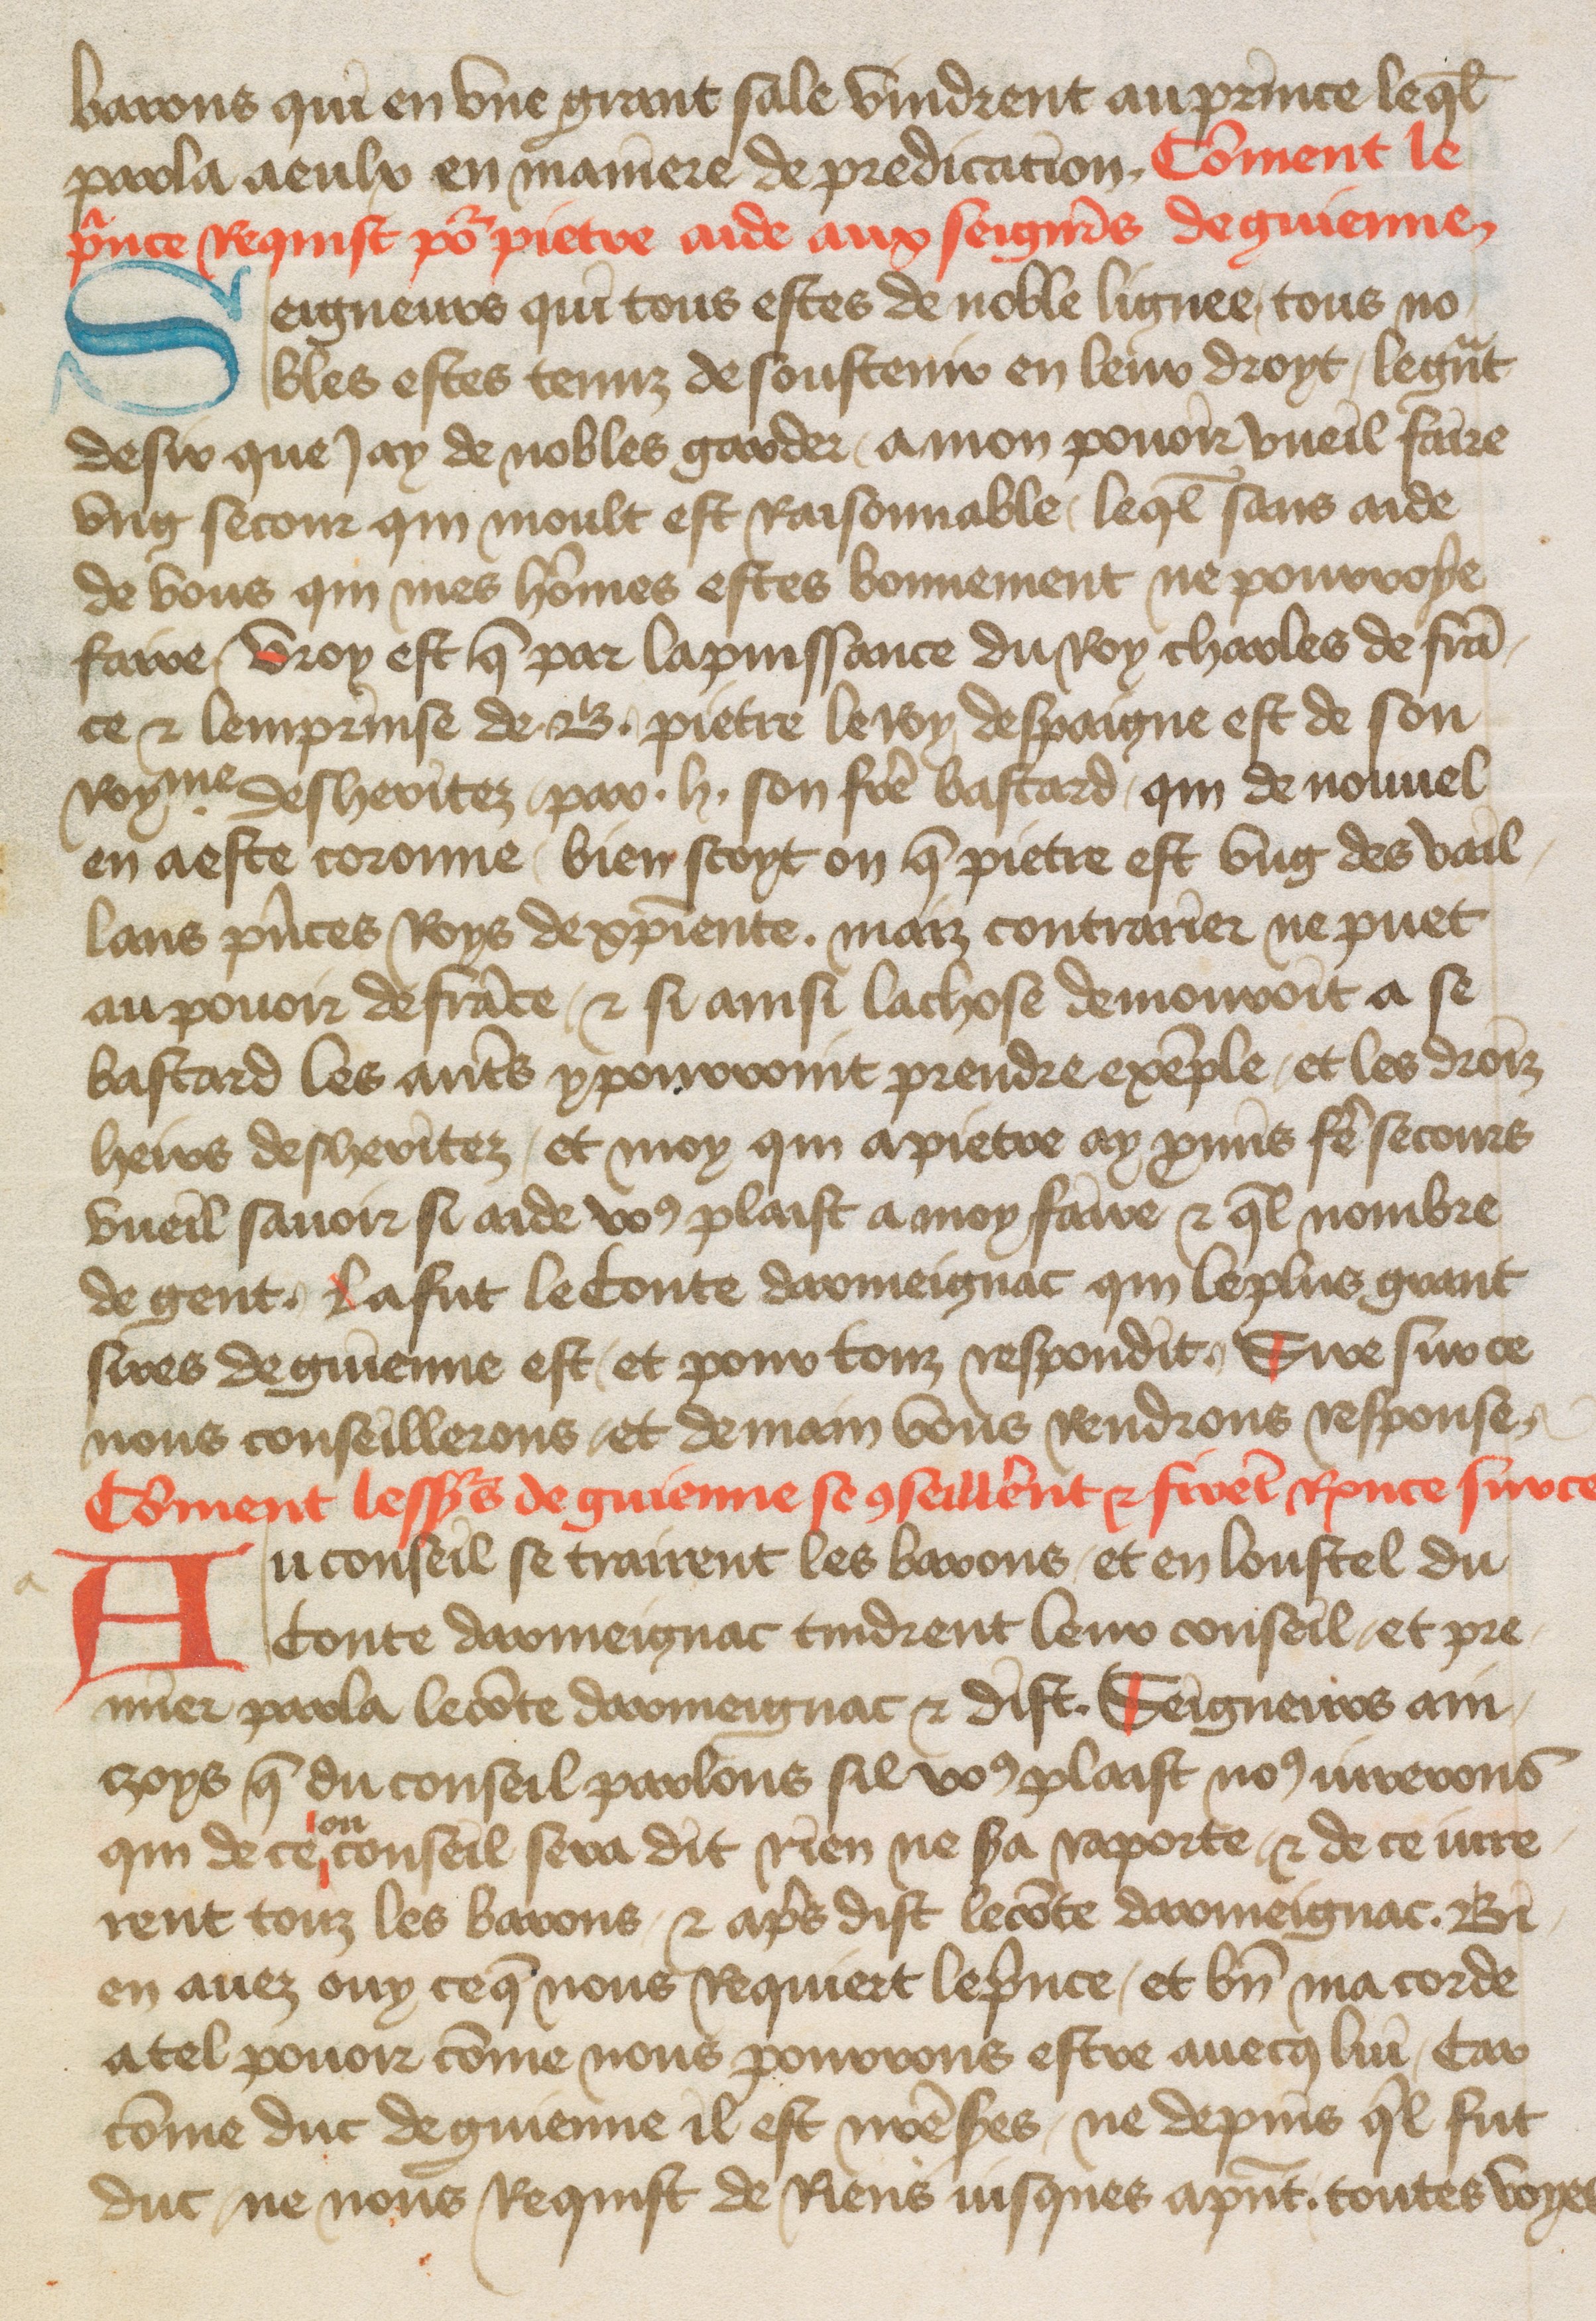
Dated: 1400–1499